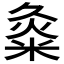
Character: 𱹇